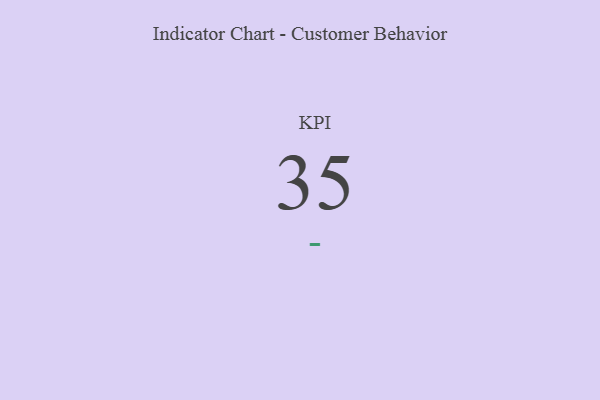
{"axis": {"x": "KPI", "y": "Value"}, "legend": [""], "data": [{"x": "KPI", "y": 35, "type": ""}]}